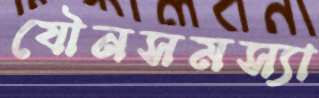
যৌনসমস্যা